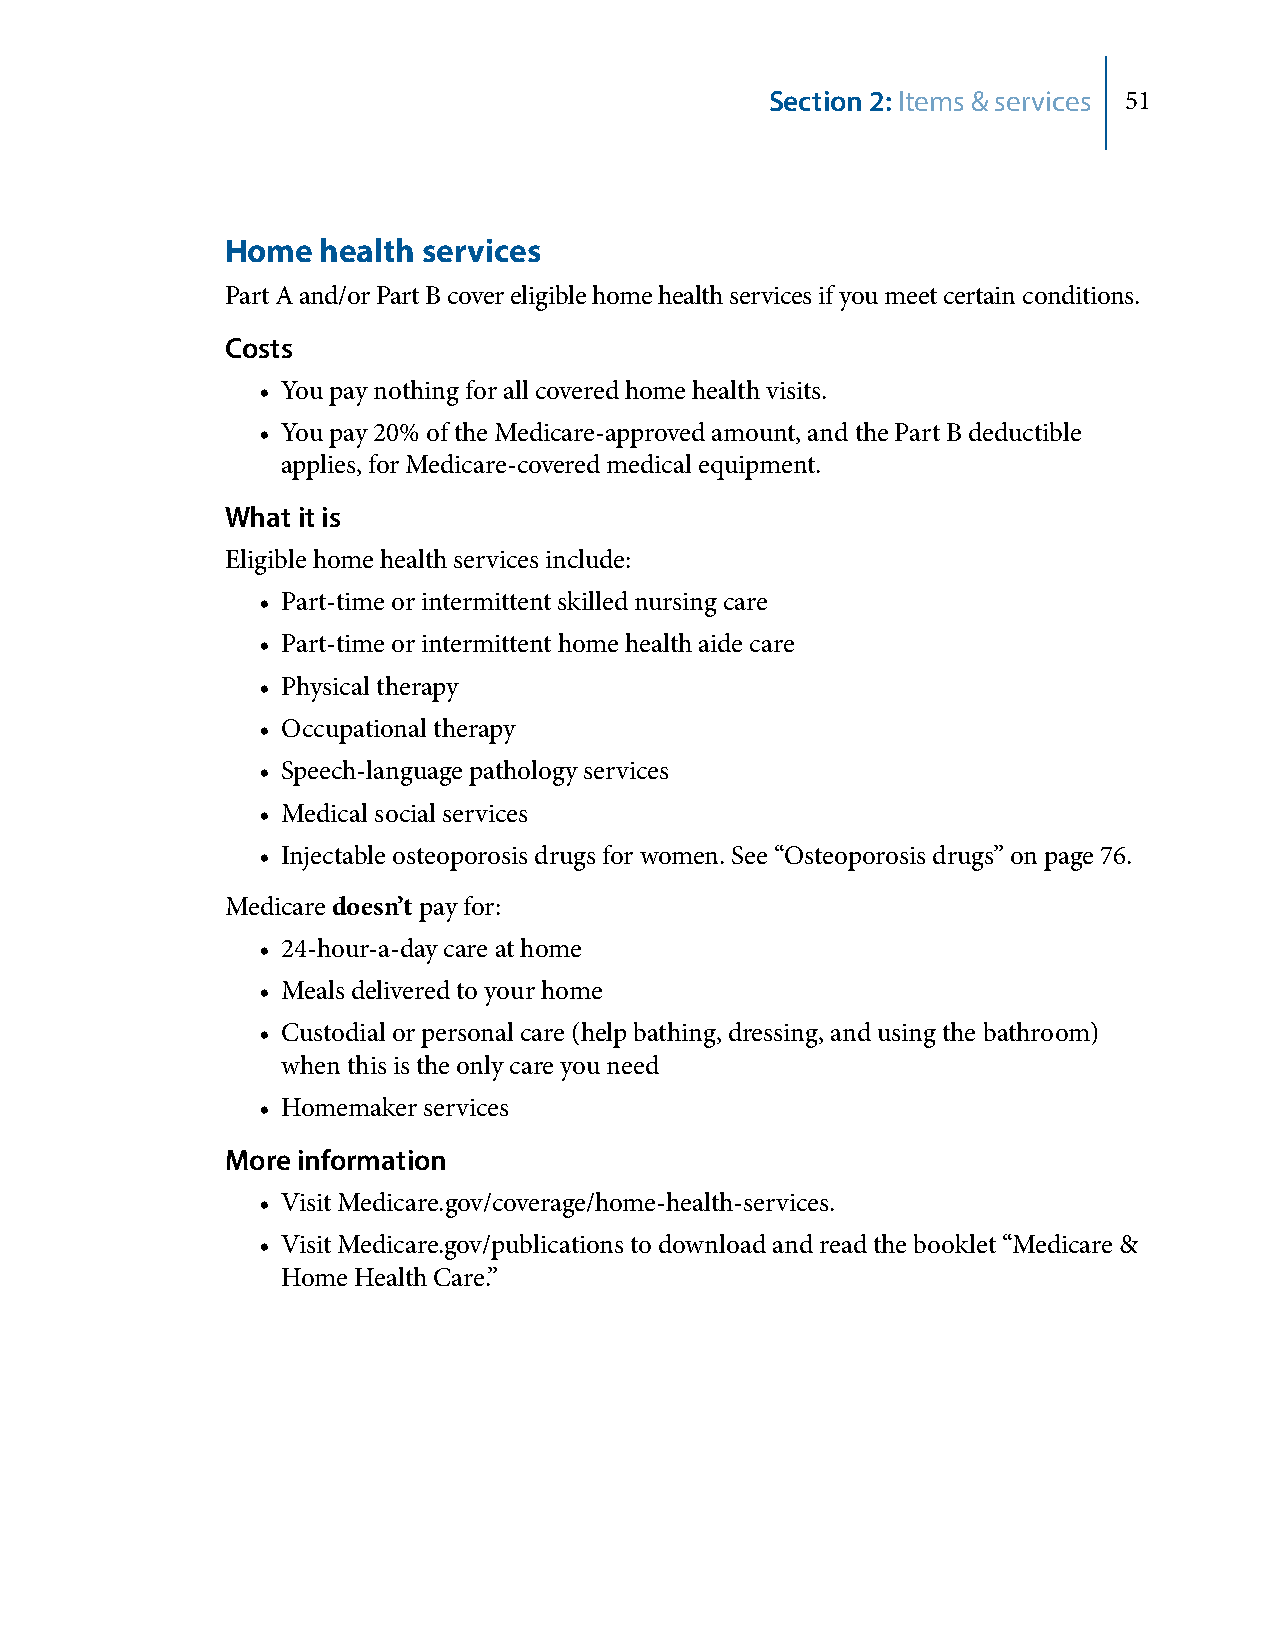
Section 2: Items & services 51
 Home  health services
 Part A and/or Part B cover eligible home health services if you meet certain conditions.
 Costs
 • You pay nothing for all covered home health visits.
 • You pay 20% of the Medicare-approved amount, and the Part B deductible
 applies, for Medicare-covered medical equipment.
 What it is
 Eligible home health services include:
 • Part-time or intermittent skilled nursing care
 • Part-time or intermittent home health aide care
 • Physical therapy
 • Occupational therapy
 • Speech-language pathology services
 • Medical social services
 • Injectable osteoporosis drugs for women. See “Osteoporosis drugs” on page 76.
 Medicare doesn’t pay for:
 • 24-hour-a-day care at home
 • Meals delivered to your home
 • Custodial or personal care (help bathing, dressing, and using the bathroom)
 when this is the only care you need
 • Homemaker services
 More information
 • Visit Medicare.gov/coverage/home-health-services.
 • Visit Medicare.gov/publications to download and read the booklet “Medicare &
 Home Health Care.”